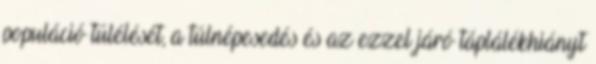
populáció túlélését, a túlnépesedés és az ezzel járó táplálékhiányt